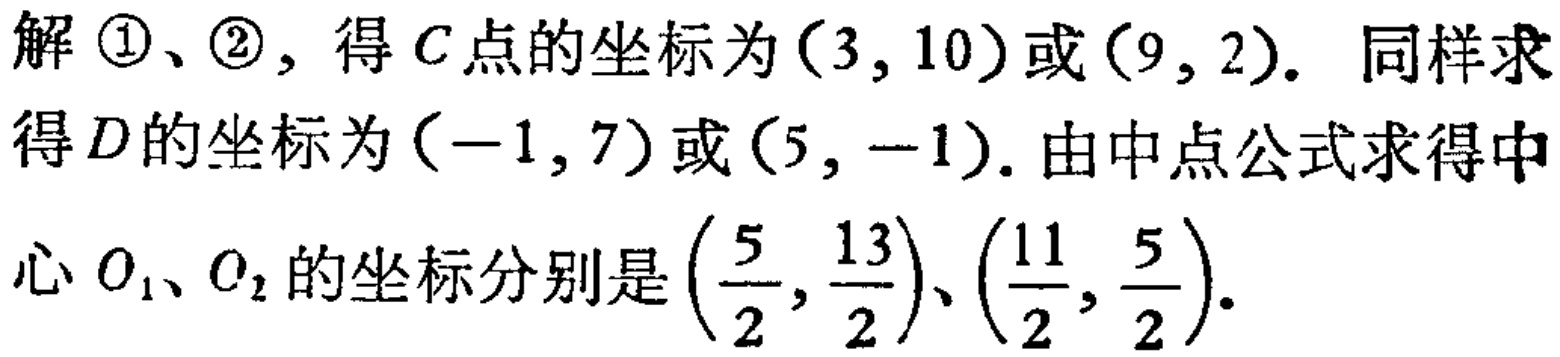
解 \(\textcircled{1}\)、\(\textcircled{2}\)，得 \(C\) 点的坐标为\((3,10)\)或\((9,2)\). 同样求得 \(D\) 的坐标为\((-1,7)\)或\((5,-1)\). 由中点公式求得中心 \(O_1\)、\(O_2\) 的坐标分别是\((\frac{5}{2},\frac{13}{2})\)、\((\frac{11}{2},\frac{5}{2})\).